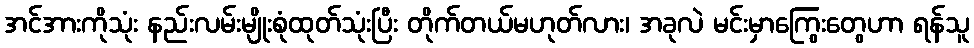
အင်အားကိုသုံး နည်းလမ်းမျိုးစုံထုတ်သုံးပြီး တိုက်တယ်မဟုတ်လား၊ အခုလဲ မင်းမှာကြွေးတွေဟာ ရန်သူ